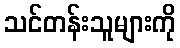
သင်တန်းသူများကို